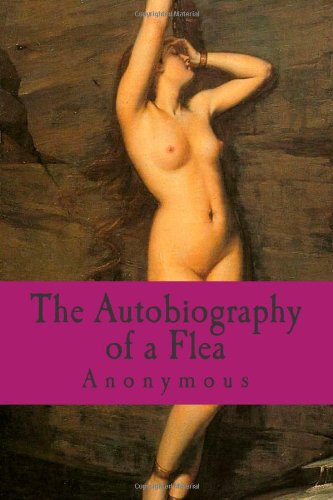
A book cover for The Autobiography of a Flea; Anonymous; Romance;